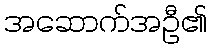
အဆောက်အဦ၏